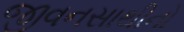
જીવનસાથીનો